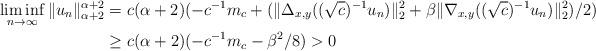
LaTeX: \begin{align*}\liminf_{n\to\infty}\|u_n\|_{\alpha+2}^{\alpha+2}&=c(\alpha+2)(-c^{-1}m_c+(\|\Delta_{x,y}((\sqrt{c})^{-1}u_n)\|_{2}^2+\beta\|\nabla_{x,y}((\sqrt{c})^{-1} u_n)\|_2^2)/2)\\&\geq c(\alpha+2)(-c^{-1}m_c-\beta^2/8)>0\end{align*}